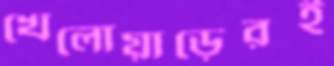
খেলোয়াড়েরই